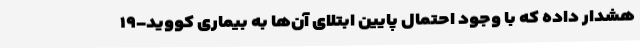
هشدار داده که با وجود احتمال پایین ابتلای آن‌ها به بیماری کووید-۱۹